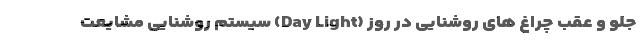
جلو و عقب چراغ های روشنایی در روز (Day Light) سیستم روشنایی مشایعت